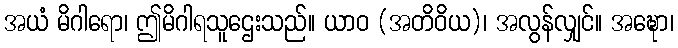
အယံ မိဂါရော၊ ဤမိဂါရသူဌေးသည်။ ယာဝ (အတိဝိယ)၊ အလွန်လျှင်။ အဍ္ဎော၊